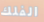
الفلك